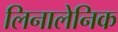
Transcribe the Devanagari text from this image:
लिनालेनिक